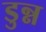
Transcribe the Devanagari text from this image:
डुन्न